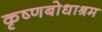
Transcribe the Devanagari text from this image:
कृष्णबोधाश्रम